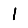
Digit: 1